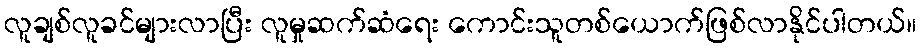
လူချစ်လူခင်များလာပြီး လူမှုဆက်ဆံရေး ကောင်းသူတစ်ယောက်ဖြစ်လာနိုင်ပါတယ်။